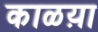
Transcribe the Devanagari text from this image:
काळय़ा